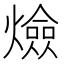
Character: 㷿